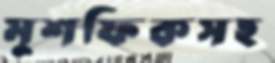
মুশফিকসহ